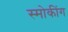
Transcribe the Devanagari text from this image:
स्मोकींग